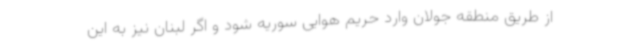
از طریق منطقه جولان وارد حریم هوایی سوریه شود و اگر لبنان نیز به این